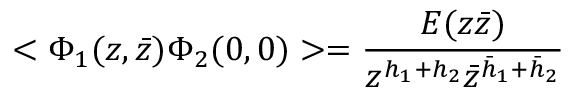
< \Phi _ { 1 } ( z , \bar { z } ) \Phi _ { 2 } ( 0 , 0 ) > = \frac { E ( z \bar { z } ) } { z ^ { h _ { 1 } + h _ { 2 } } \bar { z } ^ { \bar { h } _ { 1 } + \bar { h } _ { 2 } } }